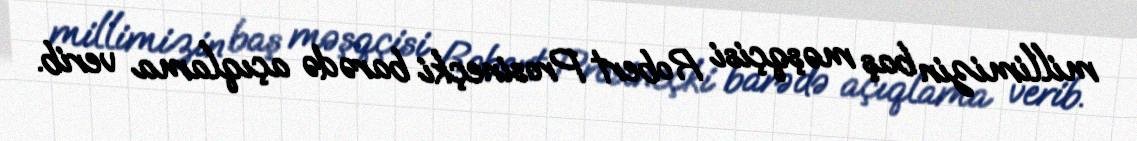
millimizin baş məşqçisi Robert Prosineçki barədə açıqlama verib.